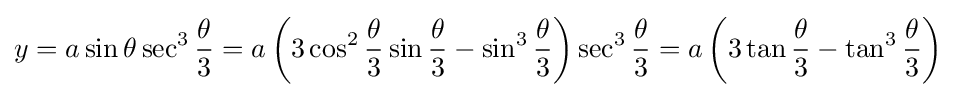
y=a\sin \theta \sec ^{3}{\frac {\theta }{3}}=a\left(3\cos ^{2}{\frac {\theta }{3}}\sin {\frac {\theta }{3}}-\sin ^{3}{\frac {\theta }{3}}\right)\sec ^{3}{\frac {\theta }{3}}=a\left(3\tan {\frac {\theta }{3}}-\tan ^{3}{\frac {\theta }{3}}\right)